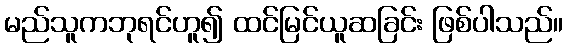
မည်သူကဘုရင်ဟူ၍ ထင်မြင်ယူဆခြင်း ဖြစ်ပါသည်။